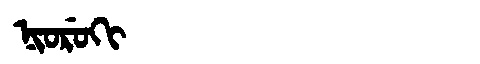
Manchu: ᠨᡳᠣᡵᡠᡴᡳ
Romanization: NIORUKI